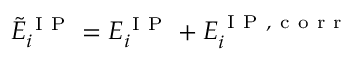
\tilde { E } _ { i } ^ { \mathrm { ~ I ~ P ~ } } = E _ { i } ^ { \mathrm { ~ I ~ P ~ } } + E _ { i } ^ { \mathrm { ~ I ~ P ~ , ~ c ~ o ~ r ~ r ~ } }